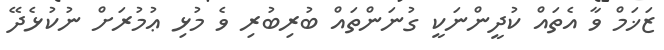
ޒަޚަމް ވާ އެތައް ކުދީންނަކީ ގުނަންތައް ބުރިބުރި ވެ މުޅި ޢުމުރަށް ނުކުޅެދޭ